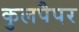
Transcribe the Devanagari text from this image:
कुलपैपर